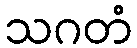
သဂတံ